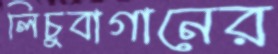
লিচুবাগানের